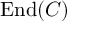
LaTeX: \operatorname { E n d } ( C )